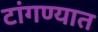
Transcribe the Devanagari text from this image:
टांगण्यात